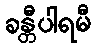
ခန္တီပါရမီ